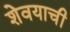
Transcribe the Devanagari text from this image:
शेवयाची